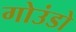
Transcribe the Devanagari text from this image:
गोउंडो